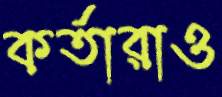
কর্তারাও